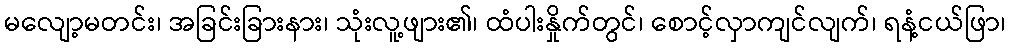
မလျော့မတင်း၊ အခြင်းခြားနား၊ သုံးလူ့ဖျား၏၊ ထံပါးနှိုက်တွင်၊ စောင့်လှာကျင်လျက်၊ ရနံ့ငယ်ဖြာ၊